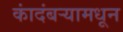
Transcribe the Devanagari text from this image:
कांदंबर्‍यामधून